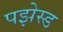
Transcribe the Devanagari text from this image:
पझेस्ड